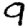
Digit: 9